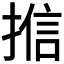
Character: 𭡩